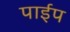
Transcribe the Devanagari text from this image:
पार्इप